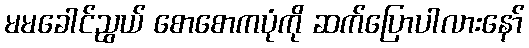
မမခေါင်ညွယ် စောစောကပုံကို ဆက်ပြောပါလားနော်